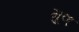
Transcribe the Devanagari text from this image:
गु्ण